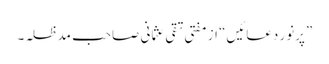
”پرنور دعائیں“ از مفتی تقی عثمانی صاحب مدظلہ۔